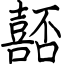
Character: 嚭